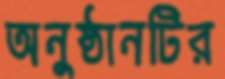
অনুষ্ঠানটির